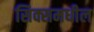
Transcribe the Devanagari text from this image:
सिक्समधील